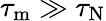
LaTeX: \tau_{\mathrm{m}}\gg\tau_{\mathrm{N}}